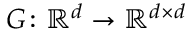
G \colon \mathbb { R } ^ { d } \to \mathbb { R } ^ { d \times d }